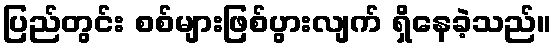
ပြည်တွင်း စစ်များဖြစ်ပွားလျက် ရှိနေခဲ့သည်။